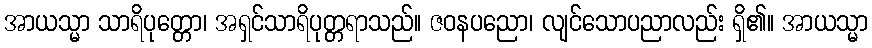
အာယသ္မာ သာရိပုတ္တော၊ အရှင်သာရိပုတ္တရာသည်။ ဇဝနပညော၊ လျင်သောပညာလည်း ရှိ၏။ အာယသ္မာ